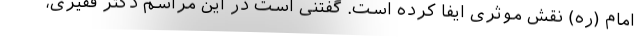
امام (ره) نقش موثری ایفا کرده است. گفتنی است در این مراسم دکتر فقیری،